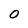
Character: O